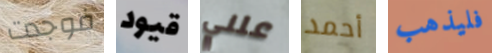
فوجدت قيود علني أحمد فليذهب